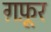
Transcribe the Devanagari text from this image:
ग़फ़ूर